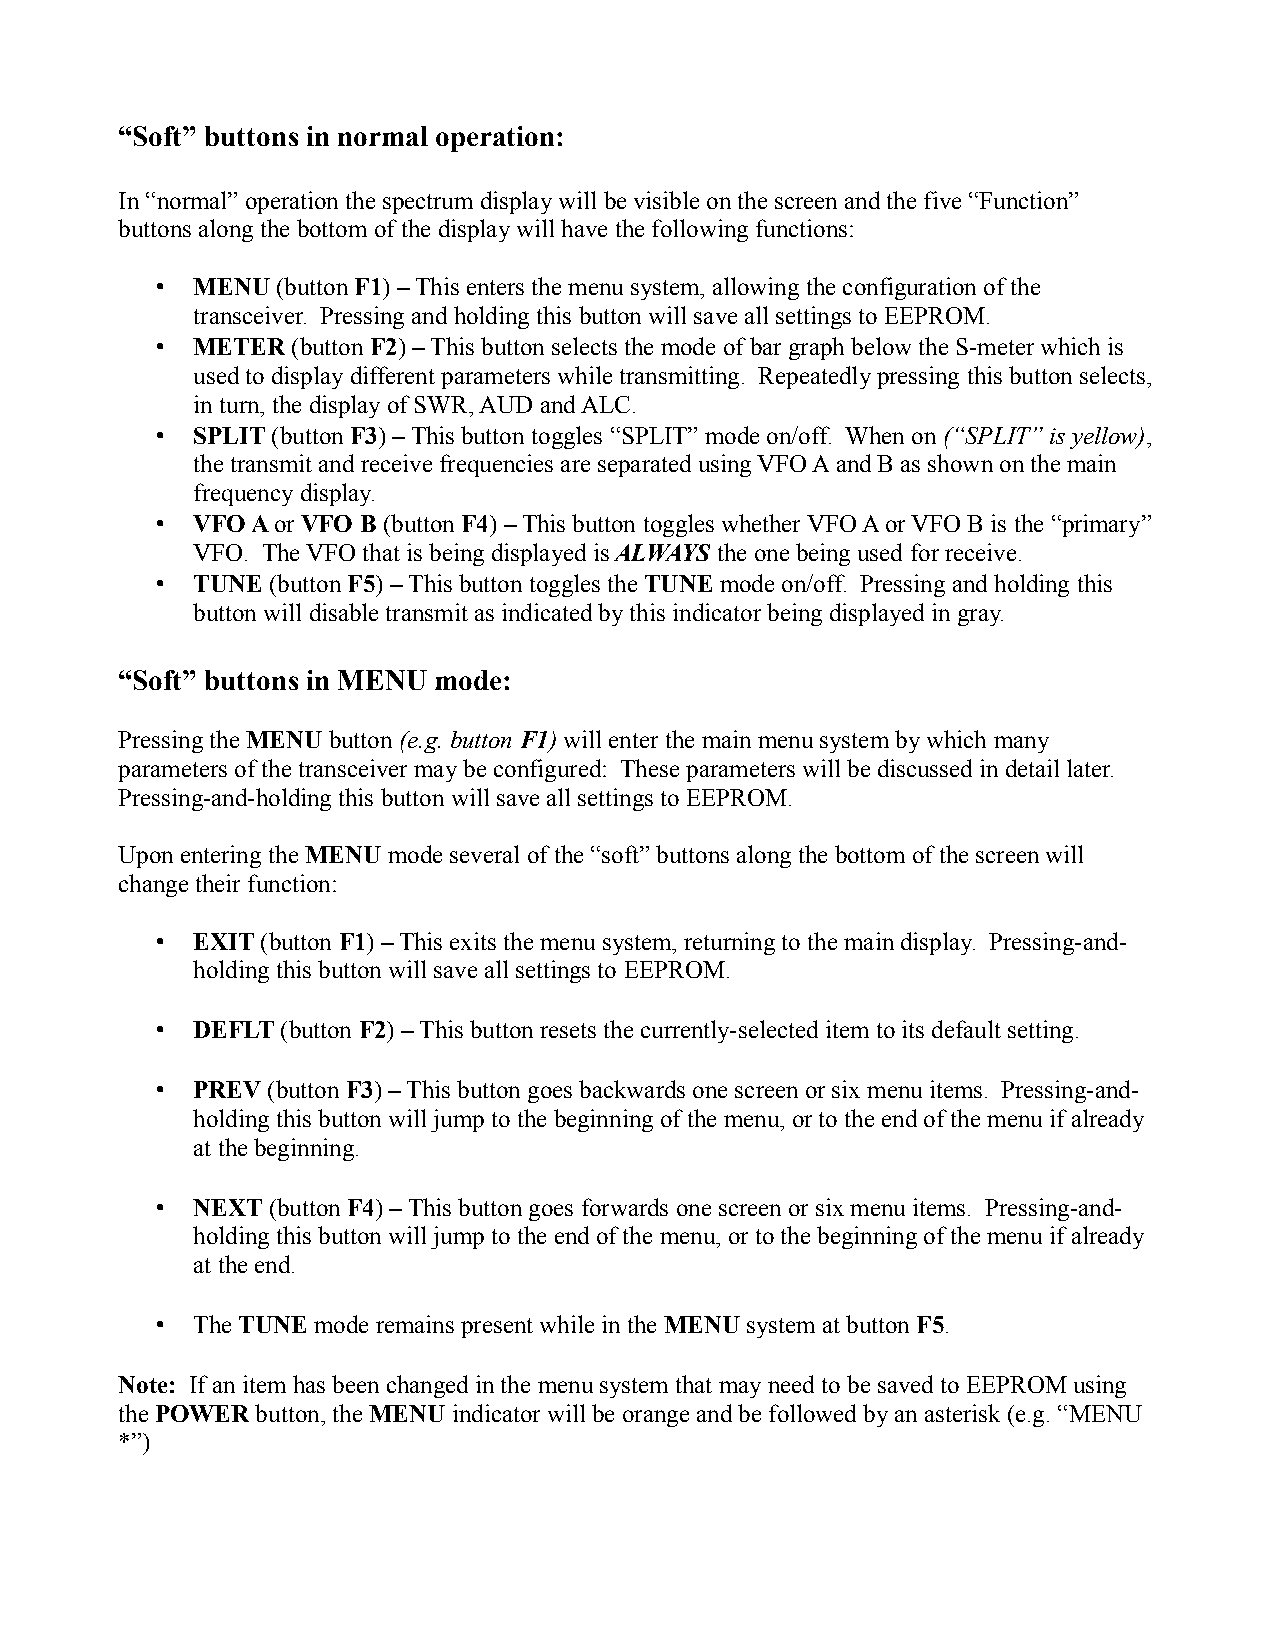
“Soft” buttons in normal operation:
 In “normal” operation the spectrum display will be visible on the screen and the five “Function”
 buttons along the bottom of the display will have the following functions:
 •  MENU (button F1) – This enters the menu system, allowing the configuration of the
 transceiver. Pressing and holding this button will save all settings to EEPROM.
 •  METER (button F2) – This button selects the mode of bar graph below the S-meter which is
 used to display different parameters while transmitting. Repeatedly pressing this button selects,
 in turn, the display of SWR, AUD and ALC.
 •  SPLIT (button F3) – This button toggles “SPLIT” mode on/off. When on (“SPLIT” is yellow),
 the transmit and receive frequencies are separated using VFO A and B as shown on the main
 frequency display.
 •  VFO A or VFO B (button F4) – This button toggles whether VFO A or VFO B is the “primary”
 VFO. The VFO that is being displayed is ALWAYS the one being used for receive.
 •  TUNE (button F5) – This button toggles the TUNE mode on/off. Pressing and holding this
 button will disable transmit as indicated by this indicator being displayed in gray.
 “Soft” buttons in MENU mode:
 Pressing the MENU button (e.g. button F1) will enter the main menu system by which many
 parameters of the transceiver may be configured: These parameters will be discussed in detail later.
 Pressing-and-holding this button will save all settings to EEPROM.
 Upon entering the MENU mode several of the “soft” buttons along the bottom of the screen will
 change their function:
 •  EXIT (button F1) – This exits the menu system, returning to the main display. Pressing-and-
 holding this button will save all settings to EEPROM.
 •  DEFLT (button F2) – This button resets the currently-selected item to its default setting.
 •  PREV (button F3) – This button goes backwards one screen or six menu items. Pressing-and-
 holding this button will jump to the beginning of the menu, or to the end of the menu if already
 at the beginning.
 •  NEXT (button F4) – This button goes forwards one screen or six menu items. Pressing-and-
 holding this button will jump to the end of the menu, or to the beginning of the menu if already
 at the end.
 •  The TUNE mode remains present while in the MENU system at button F5.
 Note: If an item has been changed in the menu system that may need to be saved to EEPROM using
 the POWER button, the MENU indicator will be orange and be followed by an asterisk (e.g. “MENU
 *”)